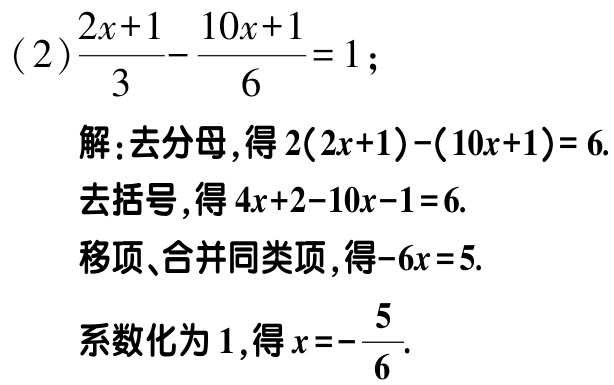
(2)$\frac{2x + 1}{3}-\frac{10x + 1}{6}=1$;

解: 去分母,得$2(2x + 1)-(10x + 1)=6$.

去括号,得$4x + 2-10x - 1=6$.

移项、合并同类项,得$-6x = 5$.

系数化为$1$,得$x=-\frac{5}{6}$.